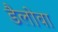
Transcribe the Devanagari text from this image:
डैलोवा